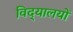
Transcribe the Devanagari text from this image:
विद्‌यालयों